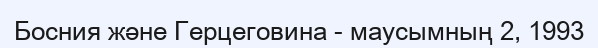
Босния және Герцеговина - маусымның 2, 1993